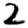
Digit: 2